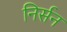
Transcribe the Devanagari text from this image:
निर्सन